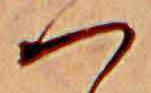
つ